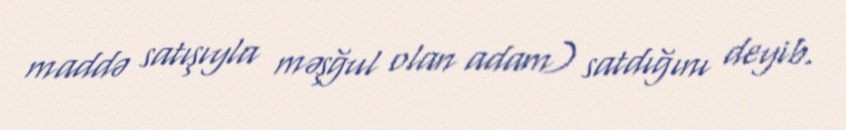
maddə satışıyla məşğul olan adam) satdığını deyib.